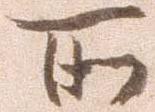
所